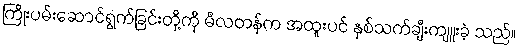
ကြိုးပမ်းဆောင်ရွက်ခြင်းတို့ကို မီလတန်က အထူးပင် နှစ်သက်ချီးကျူးခဲ့ သည်။